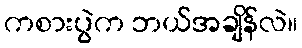
ကစားပွဲက ဘယ်အချိန်လဲ။